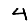
Digit: 4